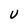
Character: U